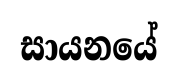
සායනයේ